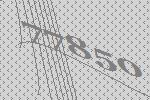
77850